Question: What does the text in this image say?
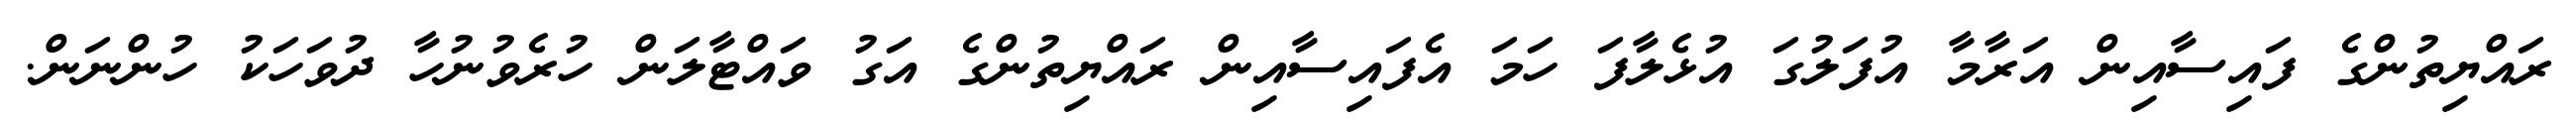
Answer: ރައްޔިތުންގެ ފައިސާއިން އަރާމާ އުފަލުގަ އުޅެލާފަ ހަމަ އެފައިސާއިން ރައްޔިތުންގެ އަގު ވައްޓާލަން ހުރެވުނުހާ ދުވަހަކު ހުންނަން.